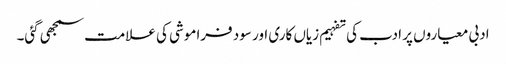
ادبی معیاروں پر ادب کی تفہیم زیاں کاری اور سود فراموشی کی علامت سمجھی گئی۔